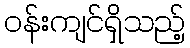
ဝန်းကျင်ရှိသည့်